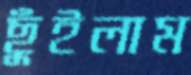
ছুঁইলাম